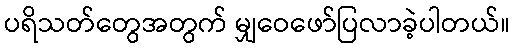
ပရိသတ်တွေအတွက် မျှဝေဖော်ပြလာခဲ့ပါတယ်။